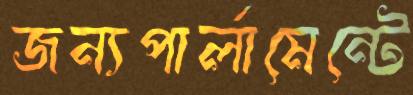
জন্যপার্লামেন্টে